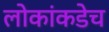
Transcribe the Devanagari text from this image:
लोकांकडेच